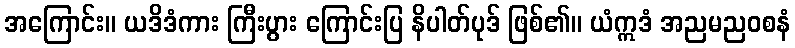
အကြောင်း။ ယဒိဒံကား ကြီးပွား ကြောင်းပြ နိပါတ်ပုဒ် ဖြစ်၏။ ယံဣဒံ အညမညဝစနံ